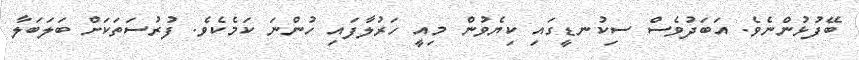
ބޭފުޅުންނެވެ. އަބަދުވެސް ސިކުނޑީގައި ކިޔެވުން މިއީ ހަރުލާފައި ހުންނަ ކަމެކެވެ. ފުރުސަތަކަށް ބަލަބަލާ